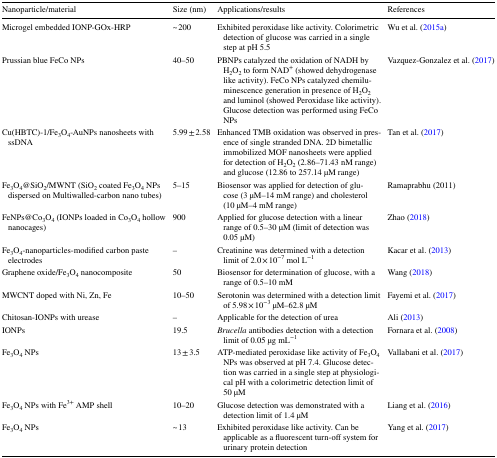
<table><thead><tr><td><b>Nanoparticle/material</b></td><td><b>Size (nm)</b></td><td><b>Applications/results</b></td><td><b>References</b></td></tr></thead><tbody><tr><td>Microgel embedded IONP-GOx-HRP</td><td>~ 200</td><td>Exhibited peroxidase like activity. Colorimetric detection of glucose was carried in a single step at pH 5.5</td><td>Wu et al. (2015a)</td></tr><tr><td>Prussian blue FeCo NPs</td><td>40–50</td><td>PBNPs catalyzed the oxidation of NADH by H<sub>2</sub>O<sub>2</sub> to form NAD<sup>+</sup> (showed dehydrogenase like activity). FeCo NPs catalyzed chemiluminescence generation in presence of H<sub>2</sub>O<sub>2</sub> and luminol (showed Peroxidase like activity). Glucose detection was performed using FeCo NPs</td><td>Vazquez-Gonzalez et al. (2017)</td></tr><tr><td>Cu(HBTC)-1/Fe<sub>3</sub>O<sub>4</sub>-AuNPs nanosheets with ssDNA</td><td>5.99 ± 2.58</td><td>Enhanced TMB oxidation was observed in presence of single stranded DNA. 2D bimetallic immobilized MOF nanosheets were applied for detection of H<sub>2</sub>O<sub>2</sub> (2.86–71.43 nM range) and glucose (12.86 to 257.14 μM range)</td><td>Tan et al. (2017)</td></tr><tr><td>Fe<sub>3</sub>O<sub>4</sub>@SiO<sub>2</sub>/MWNT (SiO<sub>2</sub> coated Fe<sub>3</sub>O<sub>4</sub> NPs dispersed on Multiwalled-carbon nano tubes)</td><td>5–15</td><td>Biosensor was applied for detection of glucose (3 μM–14 mM range) and cholesterol (10 μM–4 mM range)</td><td>Ramaprabhu (2011)</td></tr><tr><td>FeNPs@Co<sub>3</sub>O<sub>4</sub> (IONPs loaded in Co<sub>3</sub>O<sub>4</sub> hollow nanocages)</td><td>900</td><td>Applied for glucose detection with a linear range of 0.5–30 μM (limit of detection was 0.05 μM)</td><td>Zhao (2018)</td></tr><tr><td>Fe<sub>3</sub>O<sub>4</sub>-nanoparticles-modified carbon paste electrodes</td><td>–</td><td>Creatinine was determined with a detection limit of 2.0 × 10<sup>−7</sup> mol L<sup>−1</sup></td><td>Kacar et al. (2013)</td></tr><tr><td>Graphene oxide/Fe<sub>3</sub>O<sub>4</sub> nanocomposite</td><td>50</td><td>Biosensor for determination of glucose, with a range of 0.5–10 mM</td><td>Wang (2018)</td></tr><tr><td>MWCNT doped with Ni, Zn, Fe</td><td>10–50</td><td>Serotonin was determined with a detection limit of 5.98 × 10<sup>−3</sup> μM–62.8 μM</td><td>Fayemi et al. (2017)</td></tr><tr><td>Chitosan-IONPs with urease</td><td>–</td><td>Applicable for the detection of urea</td><td>Ali (2013)</td></tr><tr><td>IONPs</td><td>19.5</td><td><i>Brucella</i> antibodies detection with a detection limit of 0.05 μg mL<sup>−1</sup></td><td>Fornara et al. (2008)</td></tr><tr><td>Fe<sub>3</sub>O<sub>4</sub> NPs</td><td>13 ± 3.5</td><td>ATP-mediated peroxidase like activity of Fe<sub>3</sub>O<sub>4</sub> NPs was observed at pH 7.4. Glucose detection was carried in a single step at physiological pH with a colorimetric detection limit of 50 μM</td><td>Vallabani et al. (2017)</td></tr><tr><td>Fe<sub>3</sub>O<sub>4</sub> NPs with Fe<sup>3+</sup> AMP shell</td><td>10–20</td><td>Glucose detection was demonstrated with a detection limit of 1.4 μM</td><td>Liang et al. (2016)</td></tr><tr><td>Fe<sub>3</sub>O<sub>4</sub> NPs</td><td>~ 13</td><td>Exhibited peroxidase like activity. Can be applicable as a fluorescent turn-off system for urinary protein detection</td><td>Yang et al. (2017)</td></tr></tbody></table>